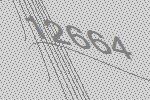
12664